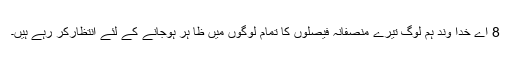
8 اے خدا وند ہم لوگ تیرے منصفانہ فیصلوں کا تمام لوگوں میں ظا ہر ہوجانے کے لئے انتظارکر رہے ہیں۔